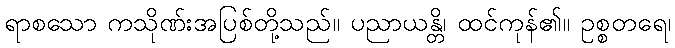
ရာစသော ကသိုဏ်းအပြစ်တို့သည်။ ပညာယန္တိ၊ ထင်ကုန်၏။ ဥစ္စတရေ၊